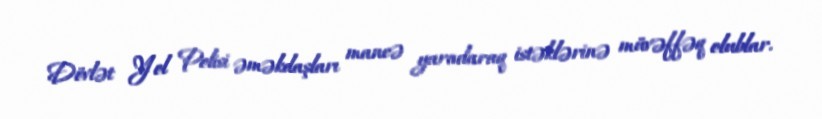
Dövlət Yol Polisi əməkdaşları maneə yaradaraq istəklərinə müvəffəq olublar.